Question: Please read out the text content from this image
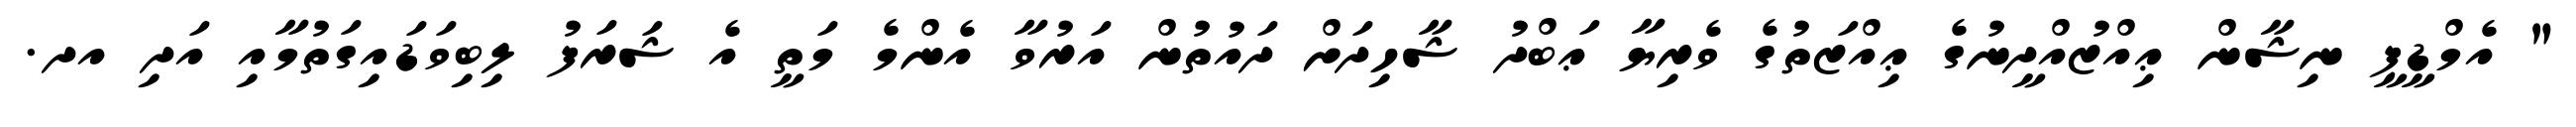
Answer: " އެމްޑީޕީ ނިޝާން ޢިއްޒުއްދީނުގެ ޢިއްޒަތުގެ ވެރިޔާ ޢަބްދު ޝާހިދަށް ދައުތުން އަރުވާ އެންމެ މަތީ އެ ޝަރަފު ލިބިވަޑައިގަތުމާއި އަދި އދ.